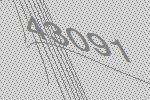
43091